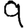
Digit: 9